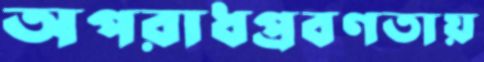
অপরাধপ্রবণতায়